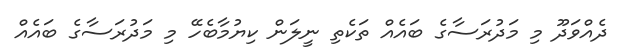
ދެއްވަދޫ މި މަދުރަސާގެ ބައެއް ތަކެތި ނީލަން ކިޔުމާބެހޭ މި މަދުރަސާގެ ބައެއް